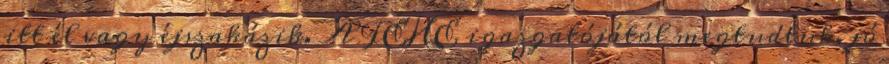
itt él vagy éjszakázik. A FÉHE igazgatójától megtudtuk, jó